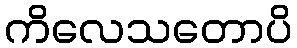
ကိလေသတောပိ